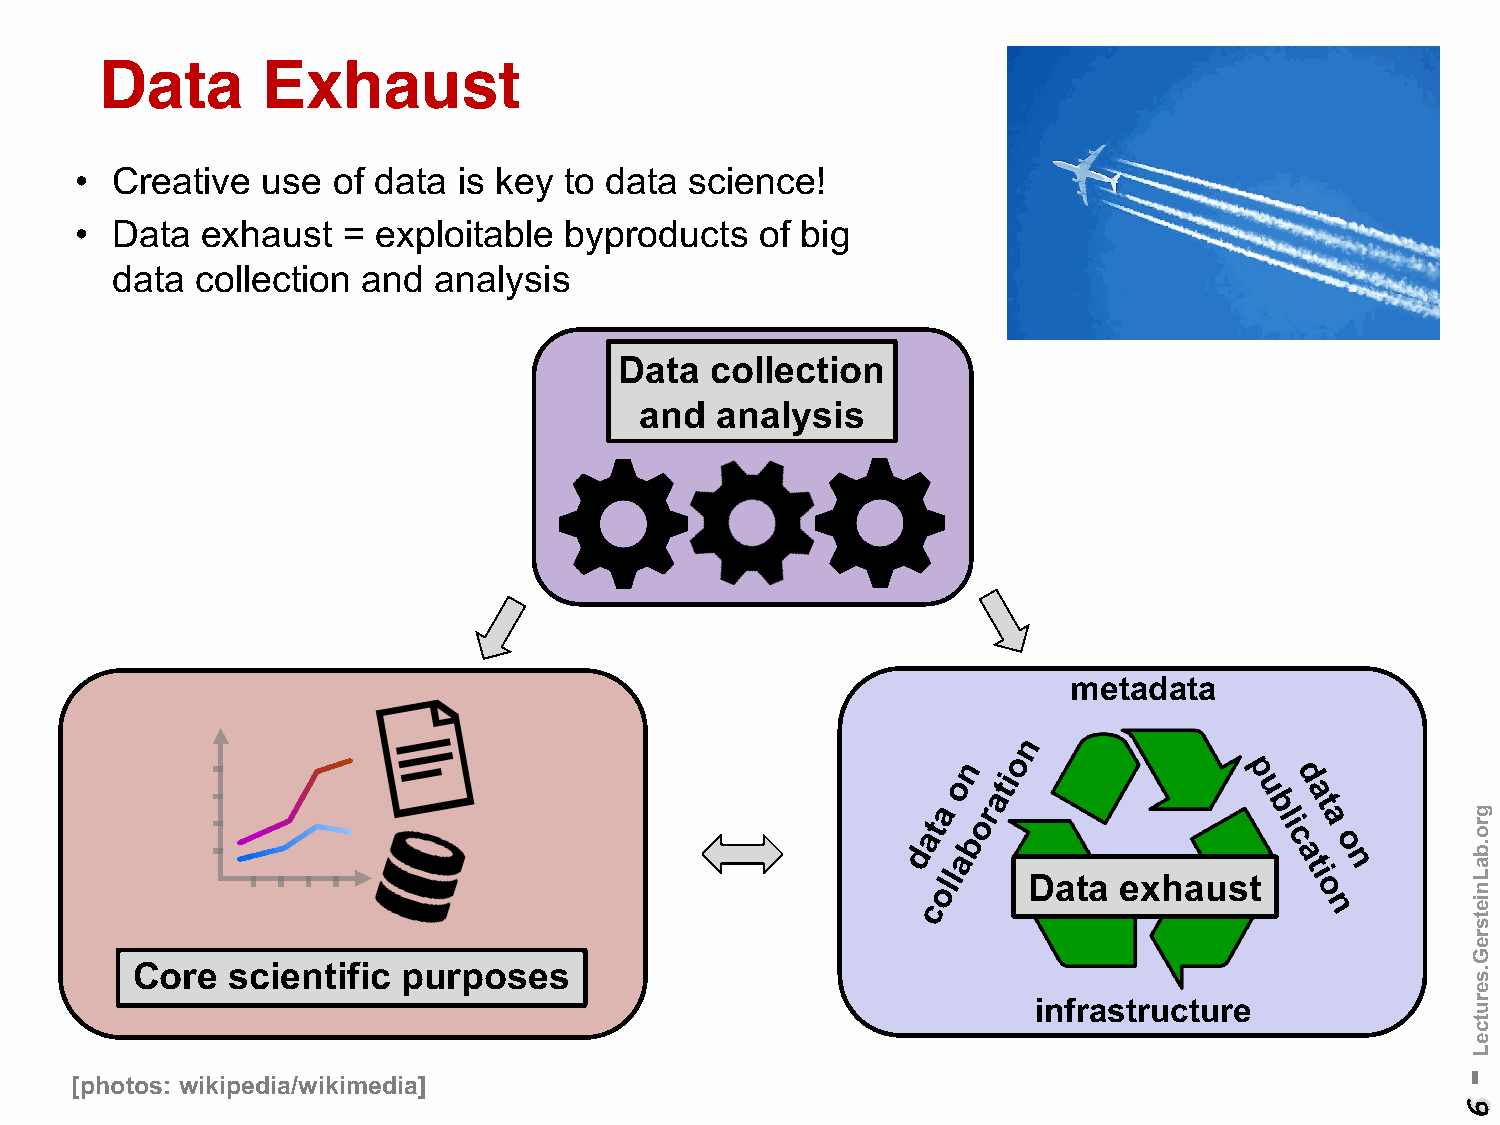
Data      Exhaust
 • Creative  use  of data is key to data  science!
 • Data  exhaust   = exploitable byproducts   of big
 data  collection and  analysis
 Data  collection
 and  analysis
 metadata
 Data  exhaust
 Core  scientific  purposes
 infrastructure
 [photos: wikipedia/wikimedia]                                                              -
 6
 gro.baLnietsreG.serutceL